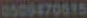
0509470615